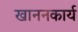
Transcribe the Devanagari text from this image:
खाननकार्य